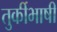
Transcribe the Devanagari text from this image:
तुर्कीभाषी